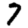
Digit: 7